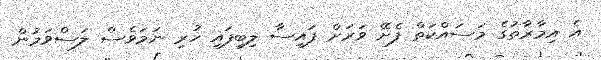
އެ އިމާރާތުގެ މަސައްކަތް ފެށޭ ވަރަށް ފައިސާ ލިބިފައި ހުރި ނަމަވެސް ލަސްވަމުން